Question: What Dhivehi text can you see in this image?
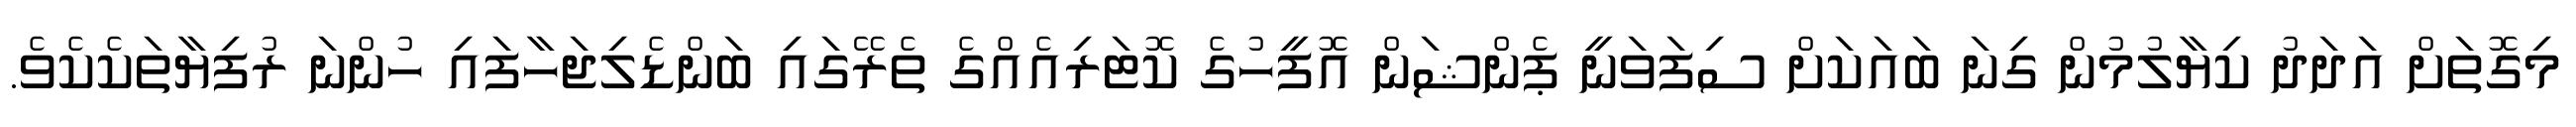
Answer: މިގޮތަށް އަދަދު ކިޔާލުމުން ގިނަ ބައަކަށް ސިފަވަނީ ޕެންޝަން އޮފީހުގެ ކޮޓަރިއެއްގެ ތެރޭގައި ބަންޑެލިޖަހާފައި ހުންނަ ރުފިޔާތަކެކެވެ.